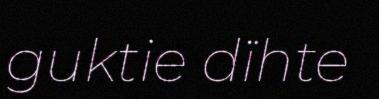
guktie dïhte